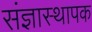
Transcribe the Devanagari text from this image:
संज्ञास्थापक